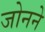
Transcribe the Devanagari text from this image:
जोनने